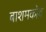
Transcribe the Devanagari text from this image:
बाशमकोव